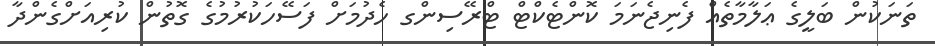
ތަނަކުން ބަލީގެ ޢަލާމާތެއް ފެނިޖެނަމަ ކޮންޓެކްޓް ޓްރޭސިންގ ހެދުމަށް ފަސޭހަކުރުމުގެ ގޮތުން ކުރިއަށްގެންދާ